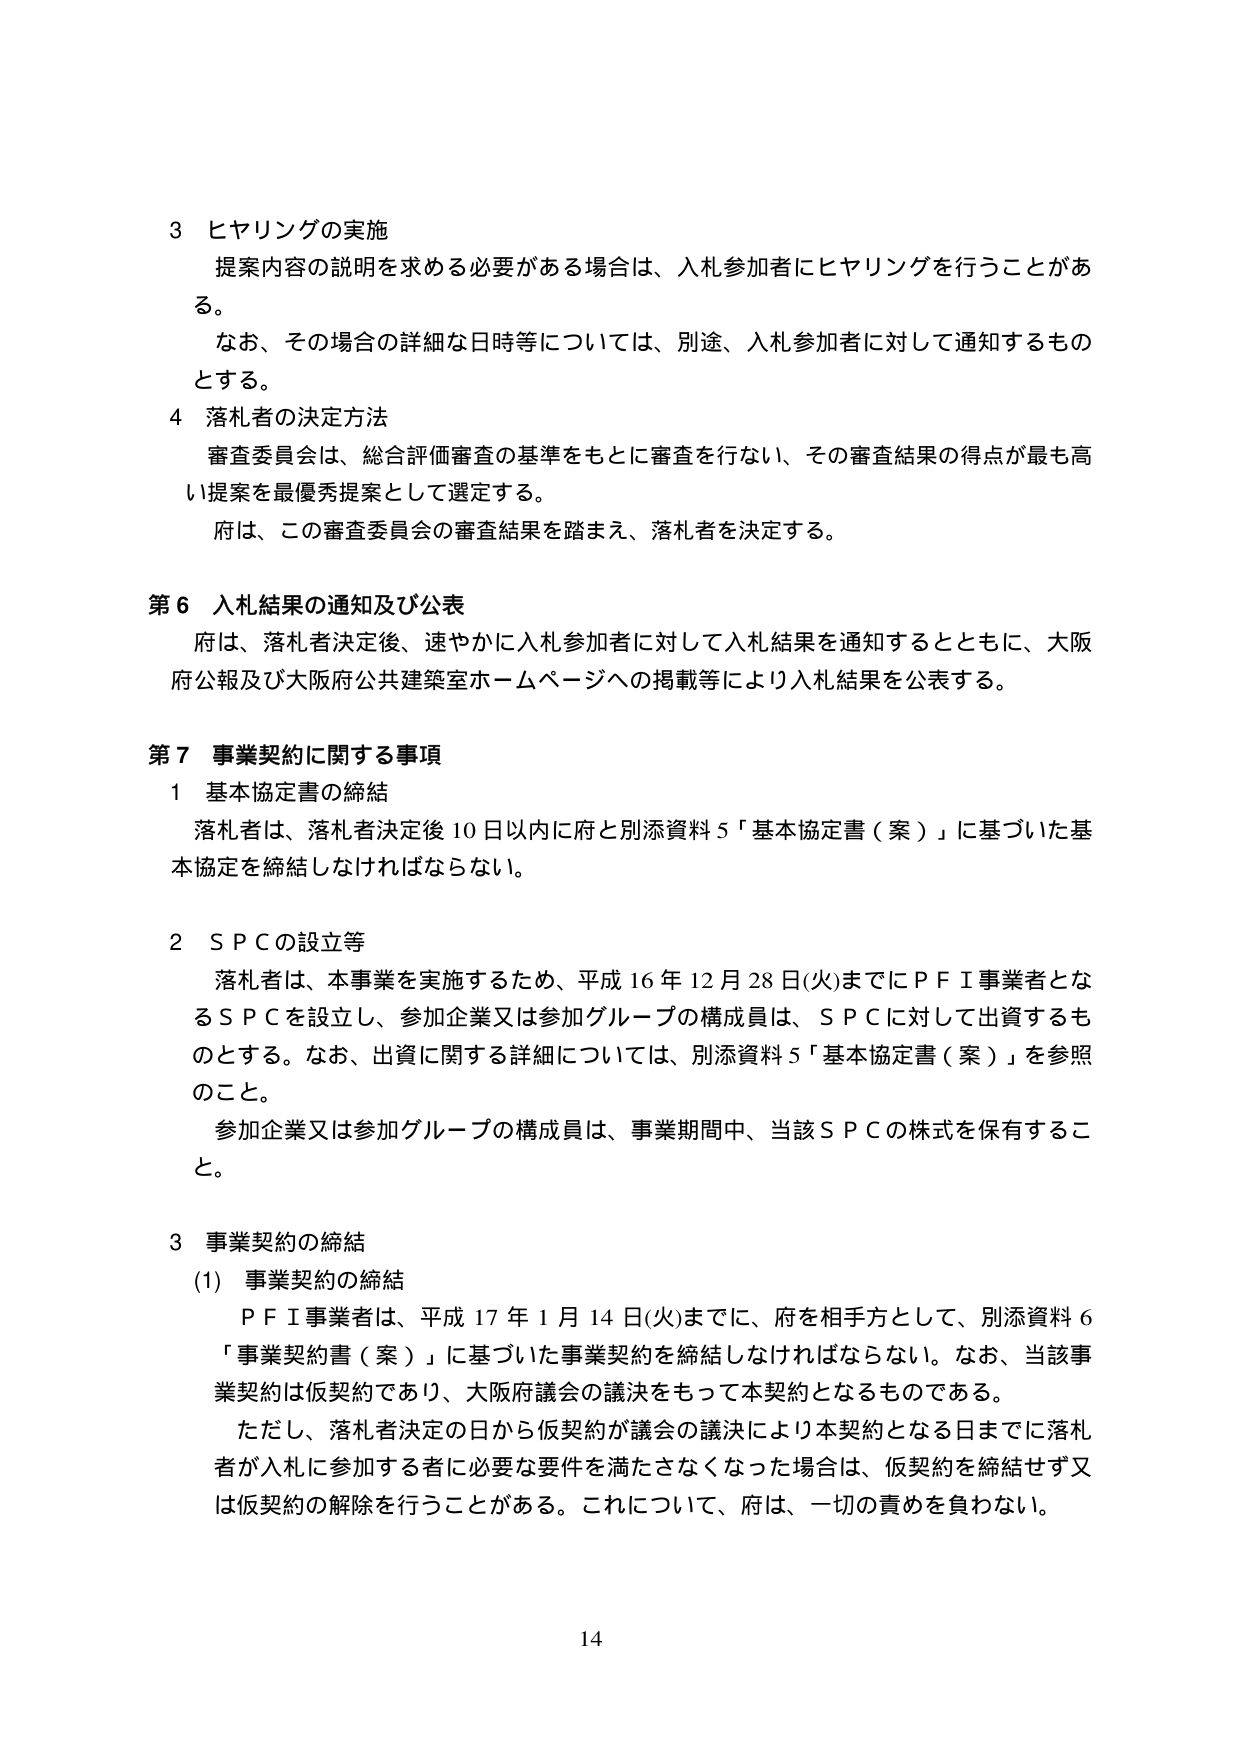
3 ヒヤリングの実施
提案内容の説明を求める必要がある場合は、入札参加者にヒヤリングを行うことがある。
なお、その場合の詳細な日時等については、別途、入札参加者に対して通知するものとする。

4 落札者の決定方法
審査委員会は、総合評価審査の基準をもとに審査を行ない、その審査結果の得点が最も高い提案を最優秀提案として選定する。
府は、この審査委員会の審査結果を踏まえ、落札者を決定する。

第6 入札結果の通知及び公表
府は、落札者決定後、速やかに入札参加者に対して入札結果を通知するとともに、大阪府公報及び大阪府公共建築室ホームページへの掲載等により入札結果を公表する。

第7 事業契約に関する事項
1 基本協定書の締結
落札者は、落札者決定後10日以内に府と別添資料5「基本協定書（案）」に基づいた基本協定を締結しなければならない。

2 SPCの設立等
落札者は、本事業を実施するため、平成16年12月28日(火)までにPFI事業者となるSPCを設立し、参加企業又は参加グループの構成員は、SPCに対して出資するものとする。なお、出資に関する詳細については、別添資料5「基本協定書（案）」を参照のこと。
参加企業又は参加グループの構成員は、事業期間中、当該SPCの株式を保有すること。

3 事業契約の締結
(1) 事業契約の締結
PFI事業者は、平成17年1月14日(火)までに、府を相手方として、別添資料6「事業契約書（案）」に基づいた事業契約を締結しなければならない。なお、当該事業契約は仮契約であり、大阪府議会の議決をもって本契約となるものである。
ただし、落札者決定の日から仮契約が議会の議決により本契約となる日までに落札者が入札に参加する者に必要な要件を満たさなくなった場合は、仮契約を締結せず又は仮契約の解除を行うことがある。これについて、府は、一切の責めを負わない。

14